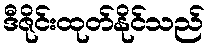
ဒီဇိုင်းထုတ်နိုင်သည်